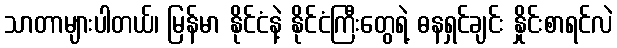
သာတာများပါတယ်၊ မြန်မာ နိုင်ငံနဲ့ နိုင်ငံကြီးတွေရဲ့ ဓနရှင်ချင်း နှိုင်းစာရင်လဲ